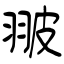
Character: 翍